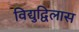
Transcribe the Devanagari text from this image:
विद्युद्विलास